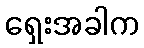
ရှေးအခါက